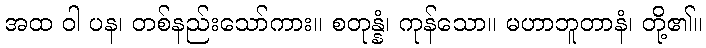
အထ ဝါ ပန၊ တစ်နည်းသော်ကား။ စတုန္နံ၊ ကုန်သော။ မဟာဘူတာနံ၊ တို့၏။